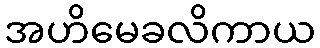
အဟိမေခလိကာယ